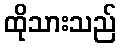
ထိုသားသည်